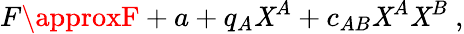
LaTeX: F\approxF+a+q_{A}\mathit{X}^{A}+c_{AB}\mathit{X}^{A}\mathit{X}^{B}\ ,